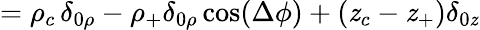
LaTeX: =\rho_{c}\, \delta_{0\rho}-\rho_{+}\delta_{0\rho}\cos(\Delta\phi)+(\mathit{z}_{c}-\mathit{z}_{+})\delta_{0\mathit{z}}